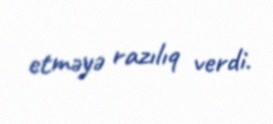
etməyə razılıq verdi.